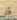
قد